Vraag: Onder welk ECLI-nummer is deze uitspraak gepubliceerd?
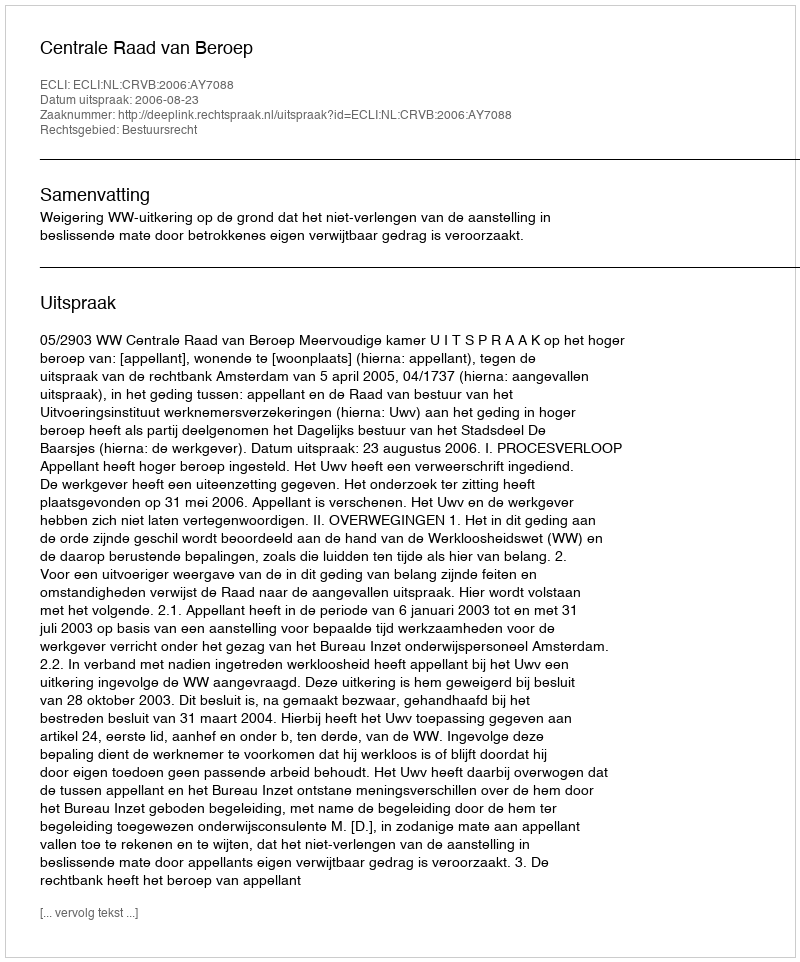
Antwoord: ECLI:NL:CRVB:2006:AY7088